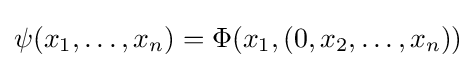
\psi (x_{1},\dots ,x_{n})=\Phi (x_{1},(0,x_{2},\dots ,x_{n}))